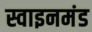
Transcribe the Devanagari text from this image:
स्वाइनमंड